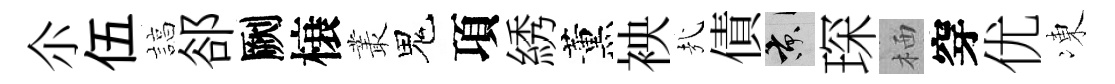
尒伍諄郤劂榱叢鬼項綉薰䘧㢤債京琛栖穿优凍